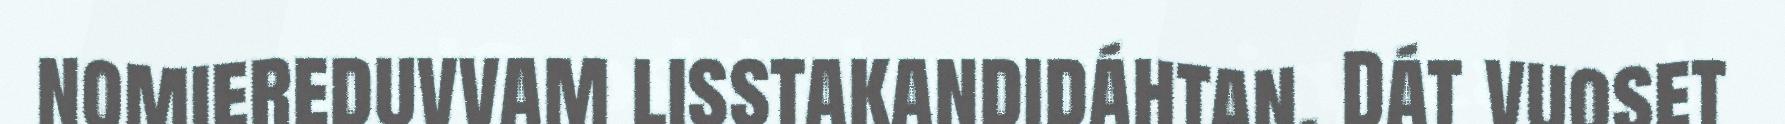
nomiereduvvam lisstakandidáhtan. Dát vuoset